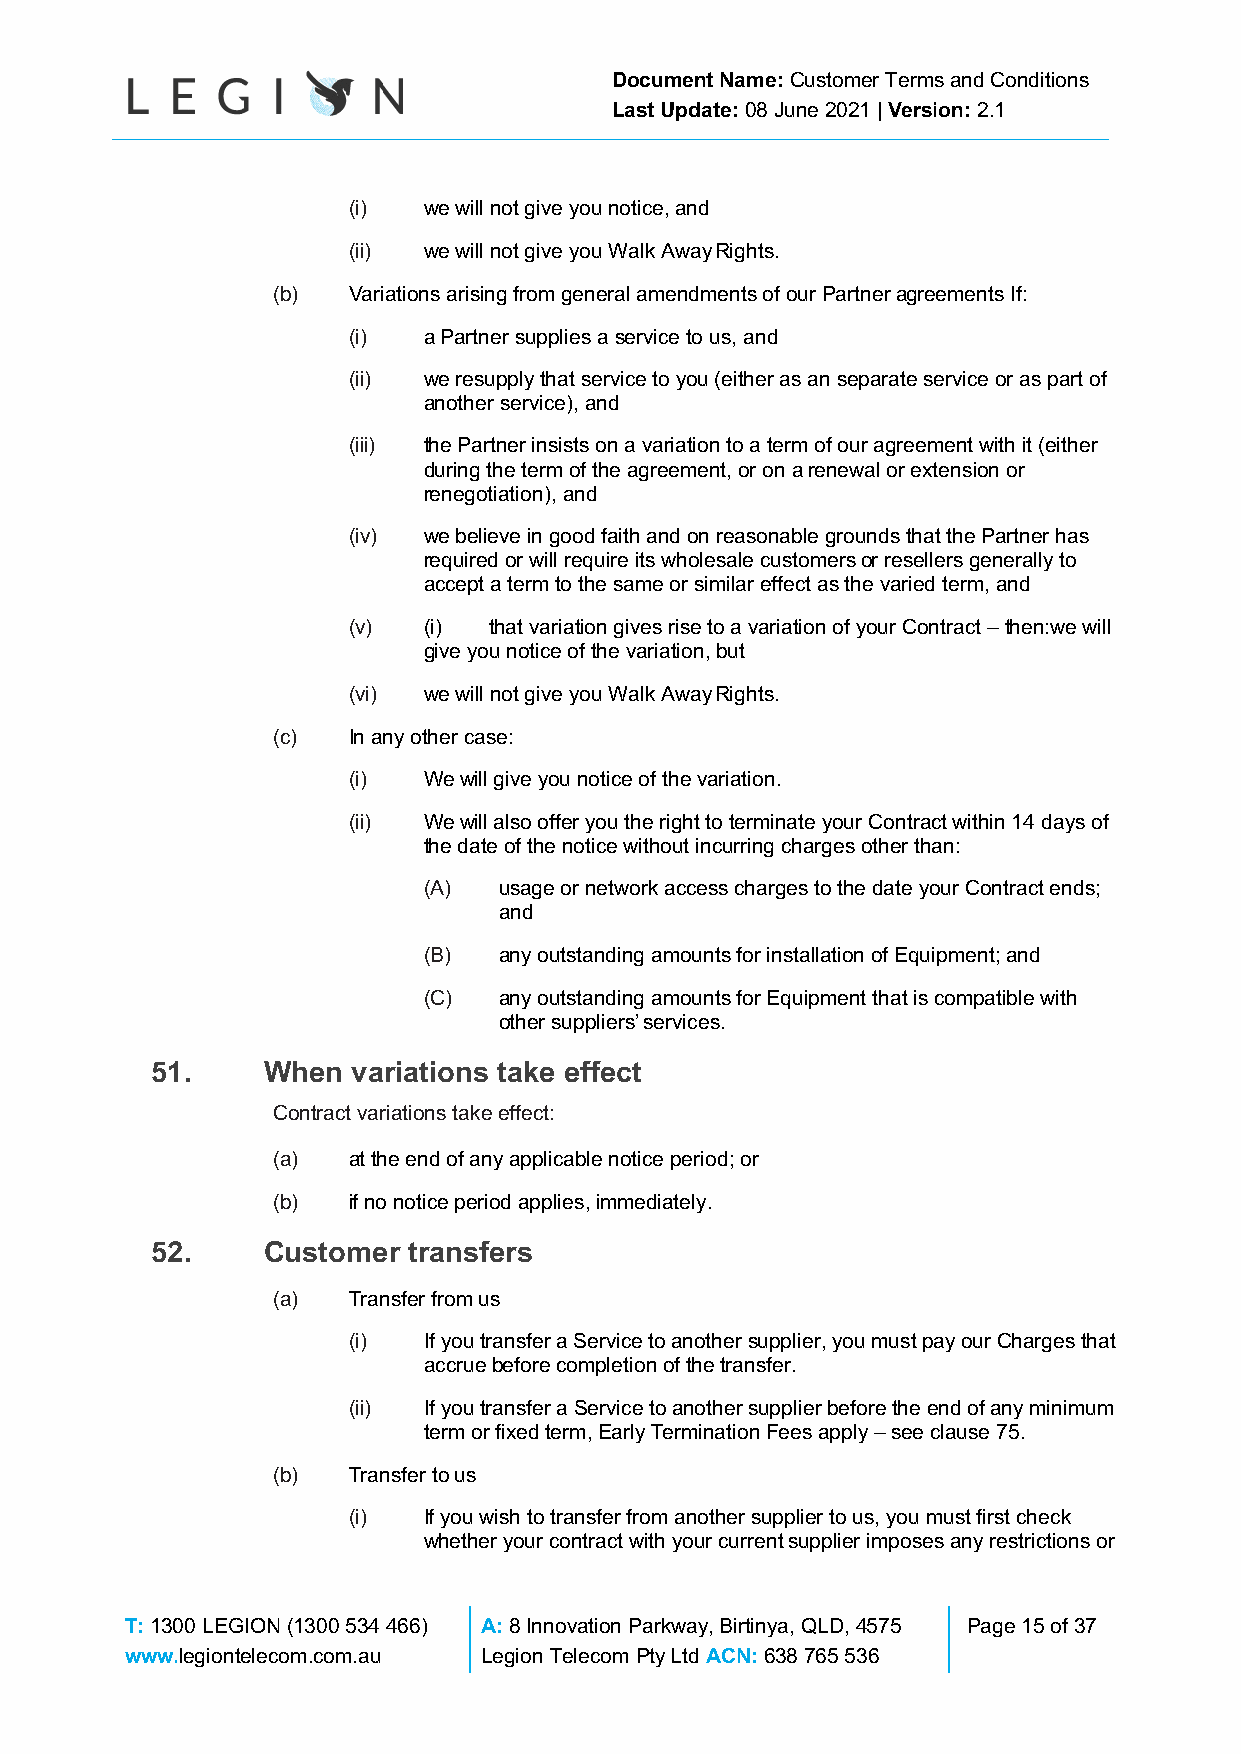
Document Name: Customer Terms and Conditions
 Last Update: 08 June 2021 | Version: 2.1
 (i)  we will not give you notice, and
 (ii) we will not give you Walk Away Rights.
 (b)  Variations arising from general amendments of our Partner agreements If:
 (i)  a Partner supplies a service to us, and
 (ii) we resupply that service to you (either as an separate service or as part of
 another service), and
 (iii) the Partner insists on a variation to a term of our agreement with it (either
 during the term of the agreement, or on a renewal or extension or
 renegotiation), and
 (iv) we believe in good faith and on reasonable grounds that the Partner has
 required or will require its wholesale customers or resellers generally to
 accept a term to the same or similar effect as the varied term, and
 (v)  (i) that variation gives rise to a variation of your Contract – then:we will
 give you notice of the variation, but
 (vi) we will not give you Walk Away Rights.
 (c)  In any other case:
 (i)  We will give you notice of the variation.
 (ii) We will also offer you the right to terminate your Contract within 14 days of
 the date of the notice without incurring charges other than:
 (A)  usage or network access charges to the date your Contract ends;
 and
 (B)  any outstanding amounts for installation of Equipment; and
 (C)  any outstanding amounts for Equipment that is compatible with
 other suppliers’ services.
 51.    When  variations take effect
 Contract variations take effect:
 (a)  at the end of any applicable notice period; or
 (b)  if no notice period applies, immediately.
 52.    Customer  transfers
 (a)  Transfer from us
 (i)  If you transfer a Service to another supplier, you must pay our Charges that
 accrue before completion of the transfer.
 (ii) If you transfer a Service to another supplier before the end of any minimum
 term or fixed term, Early Termination Fees apply – see clause 75.
 (b)  Transfer to us
 (i)  If you wish to transfer from another supplier to us, you must first check
 whether your contract with your current supplier imposes any restrictions or
 T: 1300 LEGION (1300 534 466) A: 8 Innovation Parkway, Birtinya, QLD, 4575 Page 15 of 37
 www.legiontelecom.com.au Legion Telecom Pty Ltd ACN: 638 765 536